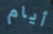
أيام